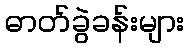
ဓာတ်ခွဲခန်းများ